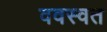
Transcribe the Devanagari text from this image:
ववस्वत